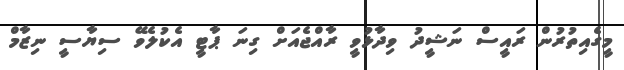
މީގެއިތުރުން ރައީސް ނަޝީދު ވިދާޅުވީ ރާއްޖެއަށް ގިނަ ޕާޓީ އެކުލެވޭ ސިޔާސީ ނިޒާމް